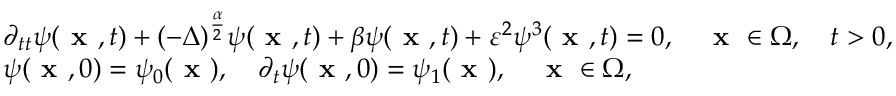
\begin{array} { r l } & { \partial _ { t t } \psi ( \textbf { x } , t ) + ( - \Delta ) ^ { \frac { \alpha } { 2 } } \psi ( \textbf { x } , t ) + \beta \psi ( \textbf { x } , t ) + \varepsilon ^ { 2 } \psi ^ { 3 } ( \textbf { x } , t ) = 0 , \quad \textbf { x } \in \Omega , \quad t > 0 , } \\ & { \psi ( \textbf { x } , 0 ) = \psi _ { 0 } ( \textbf { x } ) , \quad \partial _ { t } \psi ( \textbf { x } , 0 ) = \psi _ { 1 } ( \textbf { x } ) , \quad \textbf { x } \in \Omega , } \end{array}